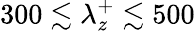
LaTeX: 300\lesssim\lambda_{z}^{+}\lesssim 500